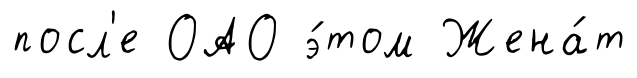
посл'е ОАО э́том Жена́т